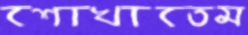
শোখাতেম